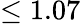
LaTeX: \leq 1.07